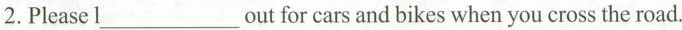
2.Please l___out for cars and bikes when you cross the road.